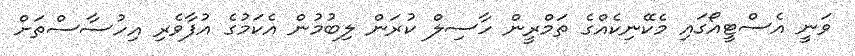
ވަނީ އެސްޓީއޯގައި މެކޭނިކެއްގެ ތަމްރީން ހާސިލް ކުރަން ލިބުމުން އެކަމުގެެ އުފާވެރި އިހުސާސްތަށް